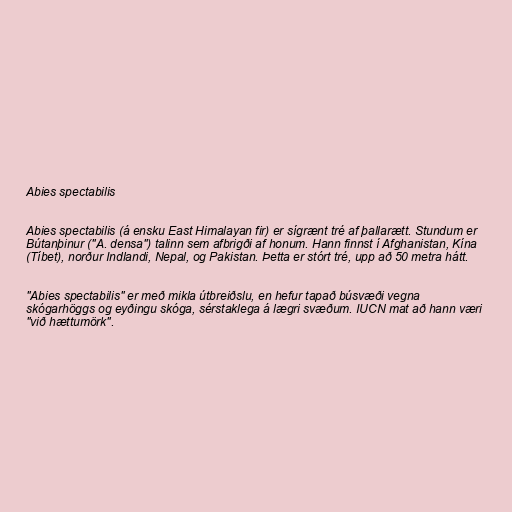
Abies spectabilis

Abies spectabilis (á ensku East Himalayan fir) er sígrænt tré af þallarætt. Stundum er
Bútanþinur ("A. densa") talinn sem afbrigði af honum. Hann finnst í Afghanistan, Kína
(Tíbet), norður Indlandi, Nepal, og Pakistan. Þetta er stórt tré, upp að 50 metra hátt.

"Abies spectabilis" er með mikla útbreiðslu, en hefur tapað búsvæði vegna
skógarhöggs og eyðingu skóga, sérstaklega á lægri svæðum. IUCN mat að hann væri
"við hættumörk".